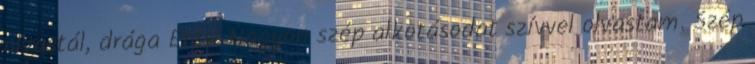
olvastál, drága Erzsi Nagyon szép alkotásodat szívvel olvastam. Szép